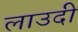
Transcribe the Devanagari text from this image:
लाउदी